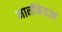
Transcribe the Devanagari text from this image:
मानीकेइज़्म